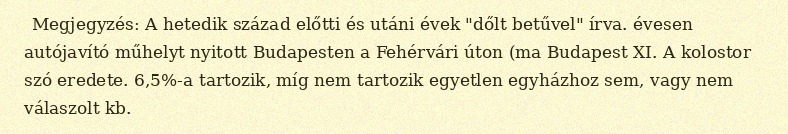
Megjegyzés: A hetedik század előtti és utáni évek "dőlt betűvel" írva. évesen autójavító műhelyt nyitott Budapesten a Fehérvári úton (ma Budapest XI. A kolostor szó eredete. 6,5%-a tartozik, míg nem tartozik egyetlen egyházhoz sem, vagy nem válaszolt kb.